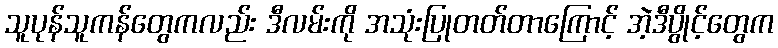
သူပုန်သူကန်တွေကလည်း ဒီလမ်းကို အသုံးပြုတတ်တာကြောင့် အဲ့ဒီပွိုင့်တွေက